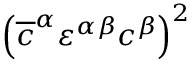
\left( \overline { { { c } } } ^ { \alpha } \varepsilon ^ { \alpha \beta } c ^ { \beta } \right) ^ { 2 }